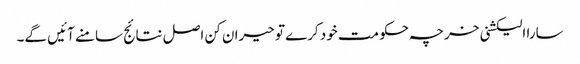
سارا الیکشنی خرچہ حکومت خود کرے تو حیران کن اصل نتائج سامنے آئیں گے۔